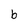
Character: b